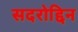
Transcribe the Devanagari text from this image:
सदरोद्दिन